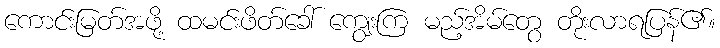
ကောင်းမြတ်အဖို့ ထမင်းဖိတ်ခေါ် ကျွေးကြ မည့်အိမ်တွေ တိုးလာရပြန်၏။